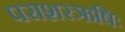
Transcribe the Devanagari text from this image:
पराशरऋषिः